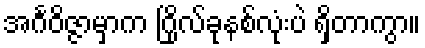
အင်္ဂဝိဇ္ဇာမှာက ဂြိုလ်ခုနစ်လုံးပဲ ရှိတာကွာ။